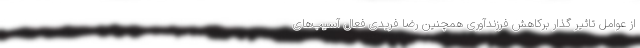
از عوامل تاثیر گذار برکاهش فرزندآوری همچنین رضا فریدی فعال آسیب‌های